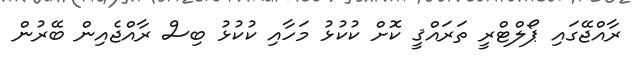
ރާއްޖޭގައި ޕޯލްޓްރީ ތަރައްޤީ ކޮށް ކުކުޅު މަހާއި ކުކުޅު ބިސް ރާއްޖެއިން ބޭރުން